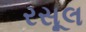
રસૂલ